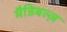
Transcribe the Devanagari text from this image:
मैडिबल्ज़